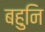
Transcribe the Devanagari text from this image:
बहुनि